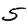
Digit: 5